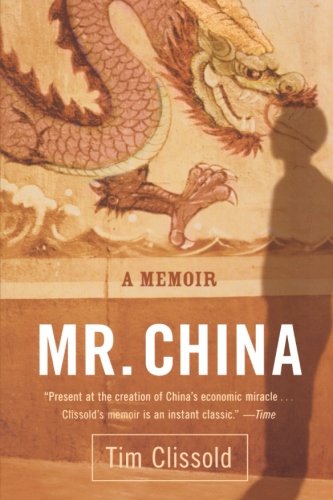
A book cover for Mr. China: A Memoir; Tim Clissold; Business & Money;